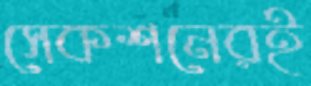
সেকশনেরই